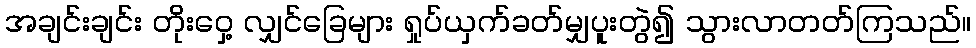
အချင်းချင်း တိုးဝှေ့ လျှင်ခြေများ ရှုပ်ယှက်ခတ်မျှပူးတွဲ၍ သွားလာတတ်ကြသည်။